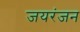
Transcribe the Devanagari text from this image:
जयरंजन